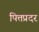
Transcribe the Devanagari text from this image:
पित्तप्रदर